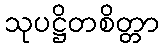
သုပဋ္ဌိတစိတ္တာ